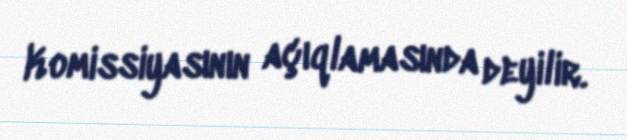
Komissiyasının açıqlamasında deyilir.